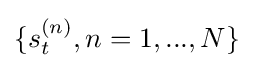
\{s_{t}^{(n)},n=1,...,N\}